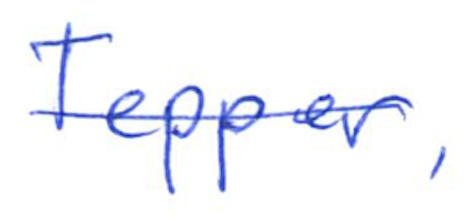
Text: Tepper,
Cross-out: mix
Writing tool: ballpoint